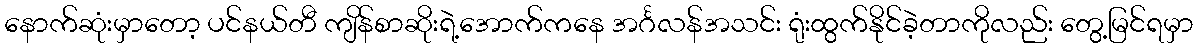
နောက်ဆုံးမှာတော့ ပင်နယ်တီ ကျိန်စာဆိုးရဲ့အောက်ကနေ အင်္ဂလန်အသင်း ရုံးထွက်နိုင်ခဲ့တာကိုလည်း တွေ့မြင်ရမှာ